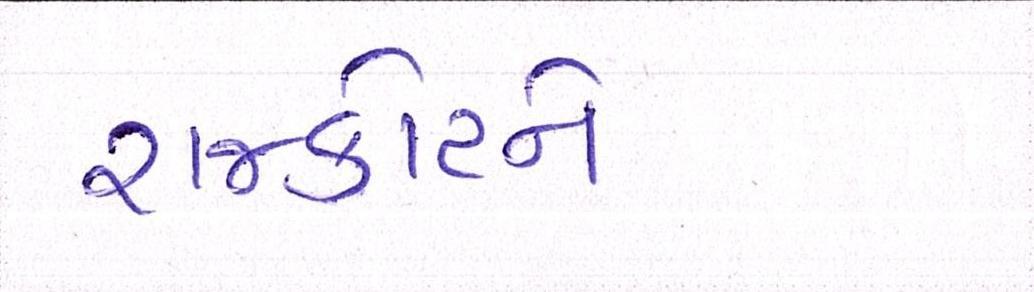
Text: રાજકોટને